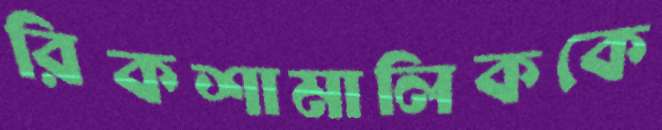
রিকশামালিককে